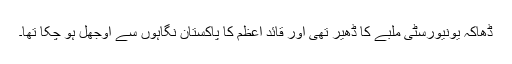
ڈھاکہ یونیورسٹی ملبے کا ڈھیر تھی اور قائد اعظم کا پاکستان نگاہوں سے اوجھل ہو چکا تھا۔